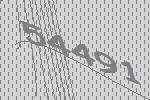
54491